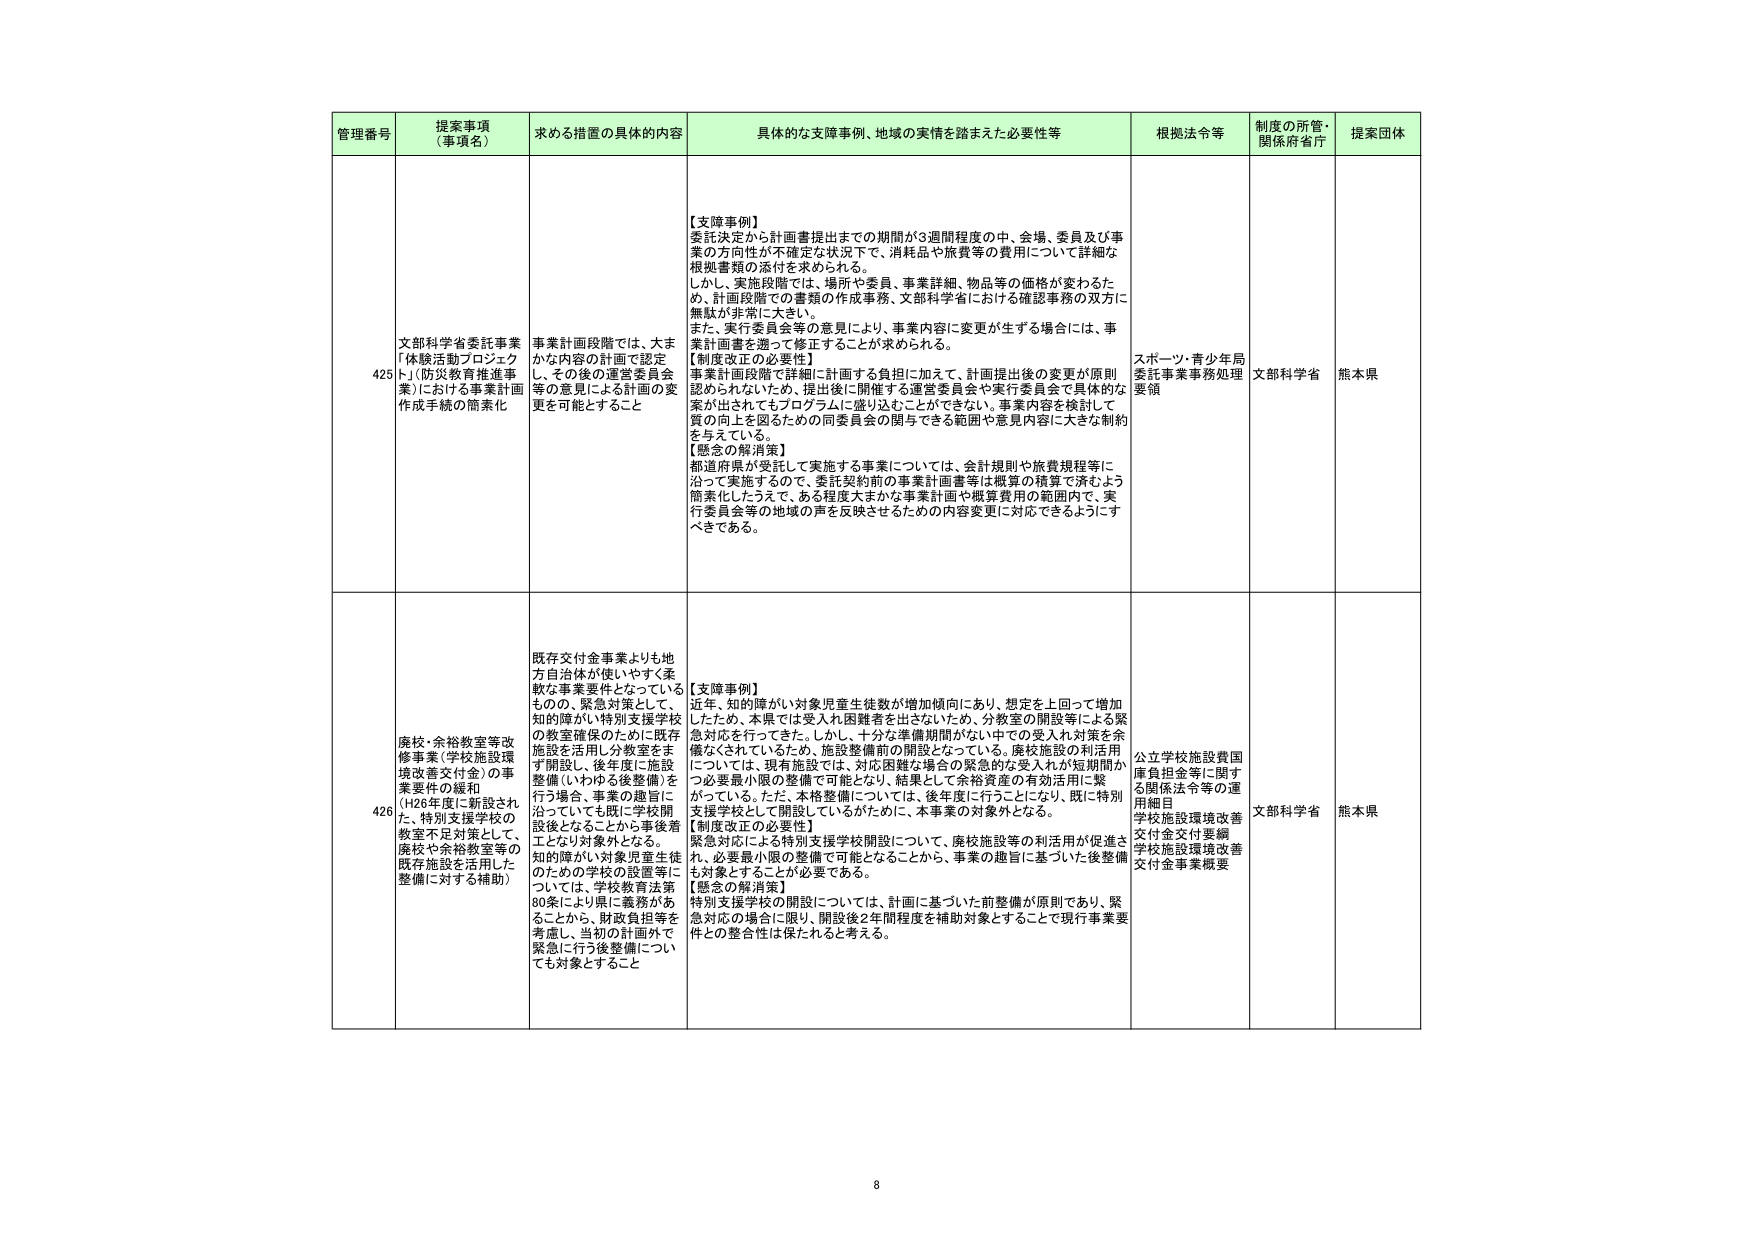
管理番号 提案事項 （事項名） 求める措置の具体的内容 具体的な支障事例、地域の実情を踏まえた必要性等 根拠法令等 制度の所管・ 関係府省庁 提案団体

425 文部科学省委託事業 「体験活動プロジェクト」（防災教育推進事業）における事業計画作成手続の簡素化 事業計画段階では、大まかな内容の計画で認定し、その後の運営委員会等の意見による計画の変更を可能とすること 【支障事例】 委託決定から計画書提出までの期間が3週間程度の中、会場、委員及び事業の方向性が不確定な状況下で、消耗品や旅費等の費用について詳細な根拠書類の添付を求められる。 しかし、実施段階では、場所や委員、事業詳細、物品等の価格が変わるため、計画段階での書類の作成事務、文部科学省における確認事務の双方に無駄が非常に大きい。 また、実行委員会等の意見により、事業内容に変更が生ずる場合には、事業計画書を遡って修正することができる。 【制度改正の必要性】 事業計画段階で詳細に計画する負担に加えて、計画提出後の変更が原則認められないため、提出後に開催する運営委員会や実行委員会で具体的な案が出されてもプログラムに盛り込むことができない。事業内容を検討して質の向上を図るための同委員会の関与できる範囲や意見内容に大きな制約を与えている。 【懸念の解消策】 都道府県が受託して実施する事業については、会計規則や旅費規程等に沿って実施するので、委託契約前の事業計画書等は概算の積算で済むよう簡素化したうえで、ある程度大まかな事業計画や概算費用の範囲内で、実行委員会等の地域の声を反映させるための内容変更に対応できるようにすべきである。 スポーツ・青少年局 委託事業事務処理要領 文部科学省 熊本県

426 廃校・余裕教室等改修事業（学校施設環境改善交付金）の事業要件の緩和 （H26年度に新設された、特別支援学校の教室不足対策として、廃校や余裕教室等の既存施設を活用した整備に対する補助） 既存交付金事業よりも地方自治体が使いやすく柔軟な事業要件となっているものの、緊急対策として、知的障がい特別支援学校の教室確保のために既存施設を活用した分教室をまず開設し、後年度に施設整備（いわゆる後整備）を行う場合、事業の趣旨に沿っていても既に学校開設後となることから事後着工となり対象外となる。 知的障がい対象児童生徒のための学校の設置等については、学校教育法第80条により県に義務があることから、財政負担等を考慮し、当初の計画外で緊急に行う後整備についても対象とすること 【支障事例】 近年、知的障がい対象児童生徒数が増加傾向にあり、想定を上回って増加したため、本県では受入れ困難者を出さないため、分教室の開設等による緊急対応を行ってきた。しかし、十分な準備期間がない中での受入れ対策を余儀なくされているため、施設整備前の開設となっている。廃校施設の利活用については、現有施設では、対応困難な場合の緊急的な受入れが短期間かつ必要最小限の整備で可能となり、結果として余裕資産の有効活用に繋がっている。ただし、本格整備については、後年度に行うことになり、既に特別支援学校として開設しているがために、本事業の対象外となる。 【制度改正の必要性】 緊急対応による特別支援学校開設について、廃校施設等の利活用が促進され、必要最小限の整備で可能となることから、事業の趣旨に基づいた後整備も対象とすることが必要である。 【懸念の解消策】 特別支援学校の開設については、計画に基づいた前整備が原則であり、緊急対応の場合に限り、開設後2年間程度を補助対象とすることで現行事業要件との整合性は保たれると考える。 公立学校施設費国庫負担金等に関する関係法令等の運用細目 学校施設環境改善交付金交付要綱 学校施設環境改善交付金事業概要 文部科学省 熊本県

8